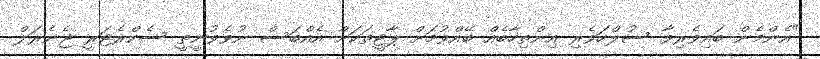
"އެންމެން ބައިވެރިވާ ސުލްހަވެރި އިންތިހާބެއް ބޭއްވުމަށް ޕާޓީތަކަށް އެއްބަސް ނުވެވުނީތީ ސެކްރެޓަރީ ޖެނެރަލް